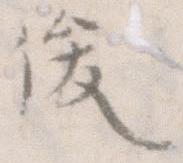
俊